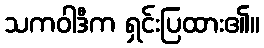
သကဝါဒီက ရှင်းပြထား၏။